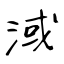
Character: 淢